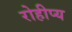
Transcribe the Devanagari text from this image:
रोहीप्य